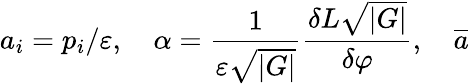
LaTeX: a_{i}=p_{i}/\varepsilon,\quad\alpha=\frac 1{\varepsilon\sqrt{\left|G\right|}}\frac{\delta L\sqrt{\left|G\right|}}{\delta\varphi},\quad\overline{{{a}}}